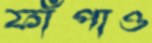
ফাঁপাও